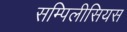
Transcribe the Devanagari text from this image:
सम्पिलीसियस